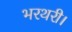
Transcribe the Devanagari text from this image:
भरथरी।